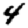
Digit: 4